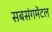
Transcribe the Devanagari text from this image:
सबसंगमेंटल